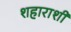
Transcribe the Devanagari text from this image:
शहाराशी